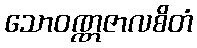
သောဝဏ္ဏဇာလစိတံ